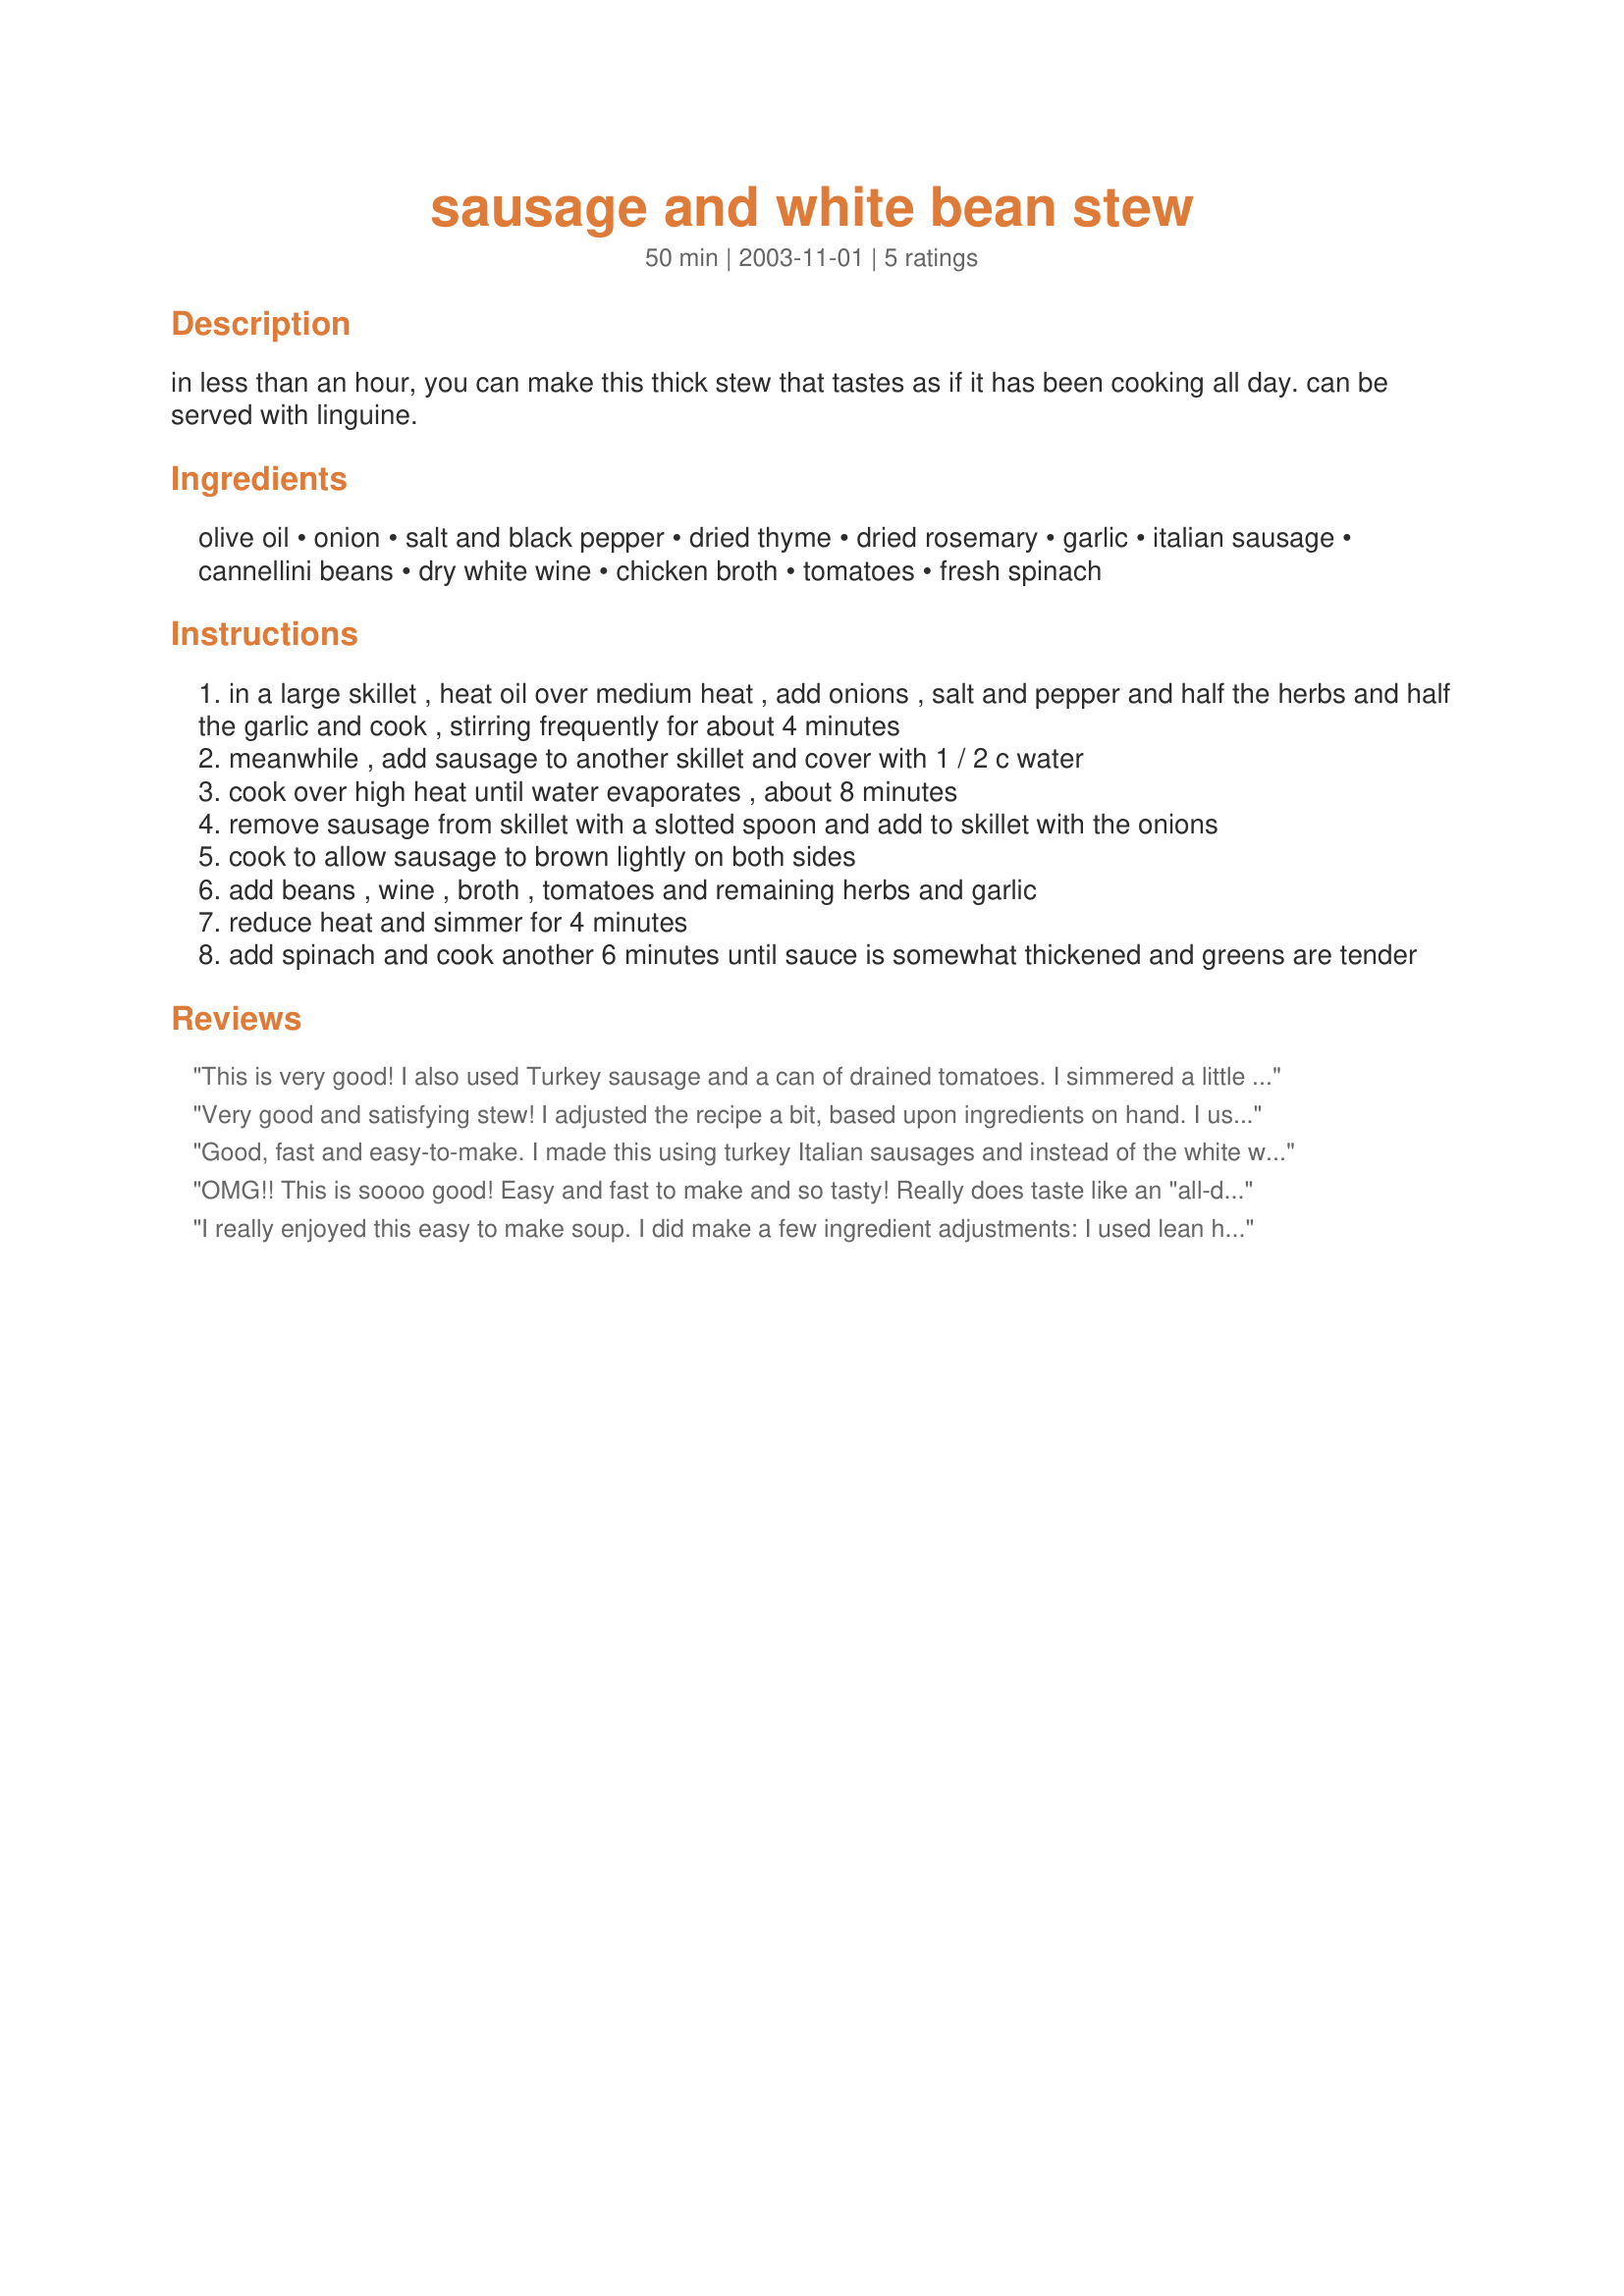
sausage and white bean stew
Preparation time: 50 minutes

in less than an hour, you can make this thick stew that tastes as if it has been cooking all day. can be served with linguine.

Ingredients:
olive oil, onion, salt and black pepper, dried thyme, dried rosemary, garlic, italian sausage, cannellini beans, dry white wine, chicken broth, tomatoes, fresh spinach

Steps:
in a large skillet , heat oil over medium heat , add onions , salt and pepper and half the herbs and half the garlic and cook , stirring frequently for about 4 minutes
meanwhile , add sausage to another skillet and cover with 1 / 2 c water
cook over high heat until water evaporates , about 8 minutes
remove sausage from skillet with a slotted spoon and add to skillet with the onions
cook to allow sausage to brown lightly on both sides
add beans , wine , broth , tomatoes and remaining herbs and garlic
reduce heat and simmer for 4 minutes
add spinach and cook another 6 minutes until sauce is somewhat thickened and greens are tender

Reviews:
This is very good! I also used Turkey sausage and a can of drained tomatoes. I simmered a little longer than suggested. Next time I will double everything, because I want more than what this makes!!:)
Very good and satisfying stew! I adjusted the recipe a bit, based upon ingredients on hand. I used 10 ounces hot Italian sausage chunks and a full 14.5 ounce can petite-diced tomatoes. I also subbed 1 teaspoon Italian seasoning for the rosemary and thyme. The stew combined really well with Recipe #105861. Thanks!
Good, fast and easy-to-make. I made this using turkey Italian sausages and instead of the white wine used white grape juice. We served this with Italian bread for an enjoyable meal. Thanks for sharing!
OMG!! This is soooo good! Easy and fast to make and so tasty! Really does taste like an "all-day" stew in a fraction of the time! I substituted turkey sausage and used broth in place of the wine. I have to make a double batch because we inhale this! It is our new favorite! Thanks so much for sharing your recipe!
I really enjoyed this easy to make soup. I did make a few ingredient adjustments: I used lean hot turkey sausage for a little kick and about 1 cup of frozen (thawed) chopped spinach. I did not have the white wine and added 2 cans of chicken broth, for a more liquid soup rather than a thicker stew, as I also added one undrained 14oz can of diced tomatoes to the mix. I added just a bit of grated parmesan upon serving. I'm not a big fan of rosemary, but the herbs blended nicely. I'm looking forward to tomorrow's leftovers...thanks for posting!
